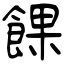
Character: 餜